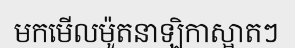
មកមើលម៉ូតនាឡិកាស្អាតៗ